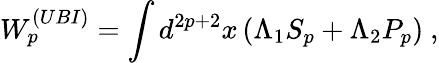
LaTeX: W_{p}^{(UBI)}=\int d^{2p+2}x\left(\Lambda_{1}S_{p}+\Lambda_{2}P_{p}\right)\ ,